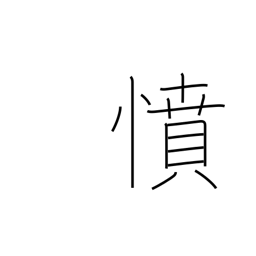
Meaning: anger